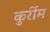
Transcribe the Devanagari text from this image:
कुर्रीम